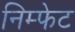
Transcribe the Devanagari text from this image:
निम्फेट